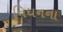
નિધનના